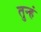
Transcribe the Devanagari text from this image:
तुन्हं